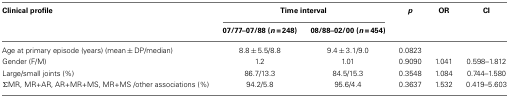
<table><thead><tr><td><b>Clinical profile</b></td><td colspan="2"><b>Time interval</b></td><td><b><i>p</i></b></td><td><b>OR</b></td><td><b>CI</b></td></tr><tr><td></td><td><b>07/77–07/88 (<i>n</i> = 248)</b></td><td><b>08/88–02/00 (<i>n</i> = 454)</b></td><td></td></tr></thead><tbody><tr><td>Age at primary episode (years) (mean ± DP/median)</td><td>8.8 ± 5.5/8.8</td><td>9.4 ± 3.1/9.0</td><td>0.0823</td><td></td><td></td></tr><tr><td>Gender (F/M)</td><td>1.2</td><td>1.01</td><td>0.9090</td><td>1.041</td><td>0.598–1.812</td></tr><tr><td>Large/small joints (%)</td><td>86.7/13.3</td><td>84.5/15.3</td><td>0.3548</td><td>1.084</td><td>0.744–1.580</td></tr><tr><td>ΣMR, MR+AR, AR+MR+MS, MR+MS /other associations (%)</td><td>94.2/5.8</td><td>95.6/4.4</td><td>0.3637</td><td>1.532</td><td>0.419–5.603</td></tr></tbody></table>